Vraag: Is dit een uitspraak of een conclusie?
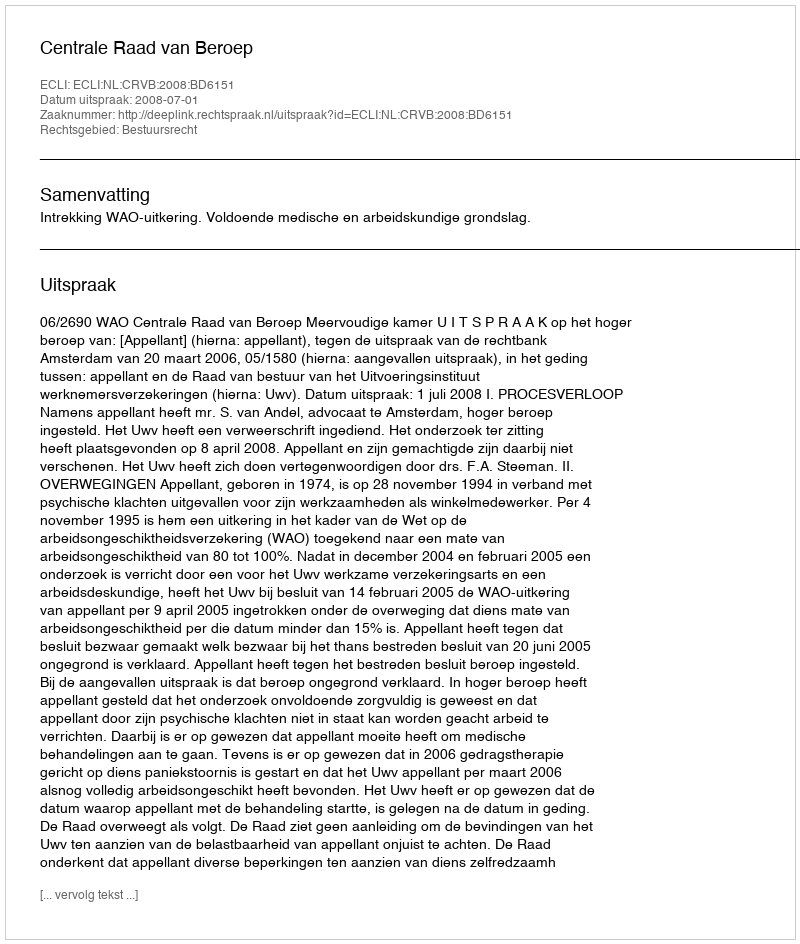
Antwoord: Uitspraak